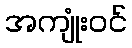
အကျုံးဝင်